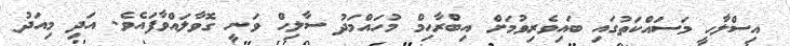
އިސްލާހީ މަސައްކަތުގައި ބައިވެރިވުމަށް އިބްރާހިމް މުހައްމަދު ސާލިހް ވަނީ ގޮވާލައްވާފައެވެ. އަދި މިއަދު